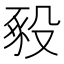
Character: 𧰵